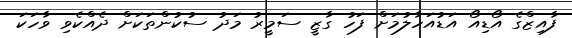
ފާއިޒްގެ އޯޑިއޯ އަޑުއަހާލުމަށް ފަހު ގާޒީ ސަމީރު މަދު ސުކުންތަކަށް ދެއްކެވި ވާހަކަ